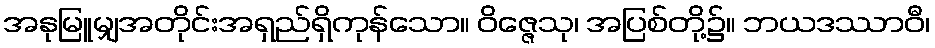
အနုမြူမျှအတိုင်းအရှည်ရှိကုန်သော။ ဝိဇ္ဇေသု၊ အပြစ်တို့၌။ ဘယဒဿာဝီ၊